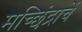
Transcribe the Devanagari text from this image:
मच्छिंद्राचें